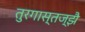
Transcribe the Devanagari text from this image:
तुरगास्तज्झै